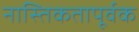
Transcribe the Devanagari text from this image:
नास्तिकतापूर्वक